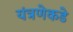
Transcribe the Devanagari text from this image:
यंत्रणेकडे